Indian journal of veterinary science and animal husbandry - Volume 1,
Year: 1931
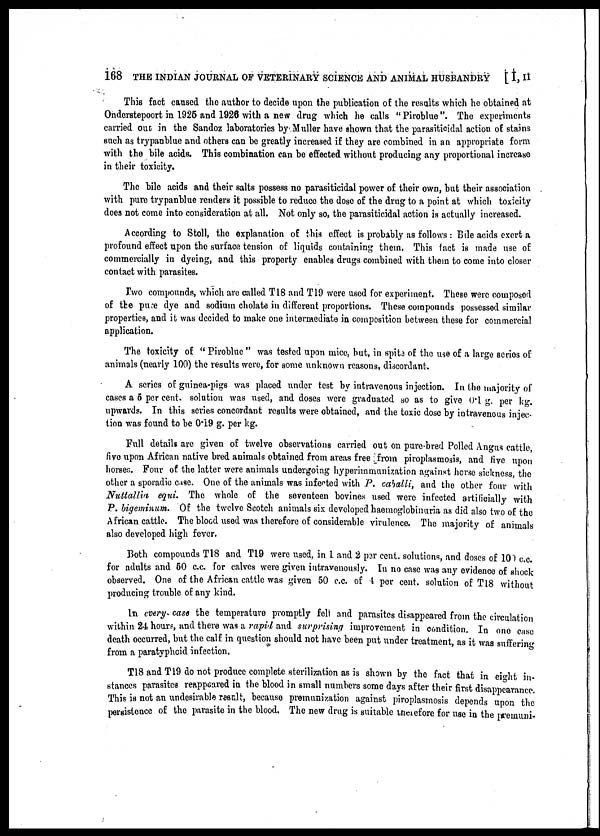
168 THE INDIAN JOURNAL OF VETERINARY SCIENCE AND ANIMAL HUSBANDRY [ I, II
This fact caused the author to decide upon the publication of the results which he obtained at
Onderstepoort in 1925 and 1926 with a new drug which he calls " Piroblue ". The experiments
carried out in the Sandoz laboratories by Muller have shown that the parasiticidal action of stains
such as trypanblue and others can be greatly increased if they are combined in an appropriate form
with the bile acids. This combination can be effected without producing any proportional increase
in their toxicity.
The bile acids and their salts possess no parasiticidal power of their own, but their association
with pure trypanblue renders it possible to reduce the dose of the drug to a point at which toxicity
does not come into consideration at all. Not only so, the parasiticidal action is actually increased.
According to Stoll, the explanation of this effect is probably as follows : Bile acids exert a
profound effect upon the surface tension of liquids containing them. This fact is made use of
commercially in dyeing, and this property enables drugs combined with them to come into closer
contact with parasites.
Two compounds, which are called T18 and T19 were used for experiment. These were composed
of the pure dye and sodium cholate in different proportions. These compounds possessed similar
properties, and it was decided to make one intermediate in composition between these for commercial
application.
The toxicity of " Piroblue " was tested upon mice, but, in spite of the use of a large series of
animals (nearly 100) the results were, for some unknown reasons, discordant.
A series of guinea-pigs was placed under test by intravenous injection. In the majority of
cases a 5 per cent. solution was used, and doses were graduated so as to give 0.1 g. per kg.
upwards. In this series concordant results were obtained, and the toxic dose by intravenous injec-
tion was found to be 0.19 g. per kg.
Full details are given of twelve observations carried out on pure-bred Polled Angus cattle,
five upon African native bred animals obtained from areas free from piroplasmosis, and five upon
horses. Four of the latter were animals undergoing hyperimmunization against horse sickness, the
other a sporadic case. One of the animals was infected with P. caballi, and the other four with
Nuttallia equi. The whole of the seventeen bovines used were infected artificially with
P.bigeminum. Of the twelve Scotch animals six developed haemoglobinuria as did also two of the
African cattle. The blood used was therefore of considerable virulence. The majority of animals
also developed high fever.
Both compounds T18 and T19 were used, in 1 and 2 per cent. solutions, and doses of 100 c.c.
for adults and 50 c.c. for calves were given intravenously. In no case was any evidence of shock
observed. One of the African cattle was given 50 c.c. of 4 per cent. solution of Tl8 without
producing trouble of any kind.
In every case the temperature promptly fell and parasites disappeared from the circulation
within 24 hours, and there was a rapid and surprising improvement in condition. In one case
death occurred, but the calf in question should not have been put under treatment, as it was suffering
from a paratyphoid infection.
T18 and T19 do not produce complete sterilization as is shown by the fact that in eight in-
stances parasites reappeared in the blood in small numbers some days after their first disappearance.
This is not an undesirable result, because premunization against piroplasmosis depends upon the
persistence of the parasite in the blood. The new drug is suitable therefore for use in the premuni¬